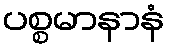
ပစ္စမာနာနံ